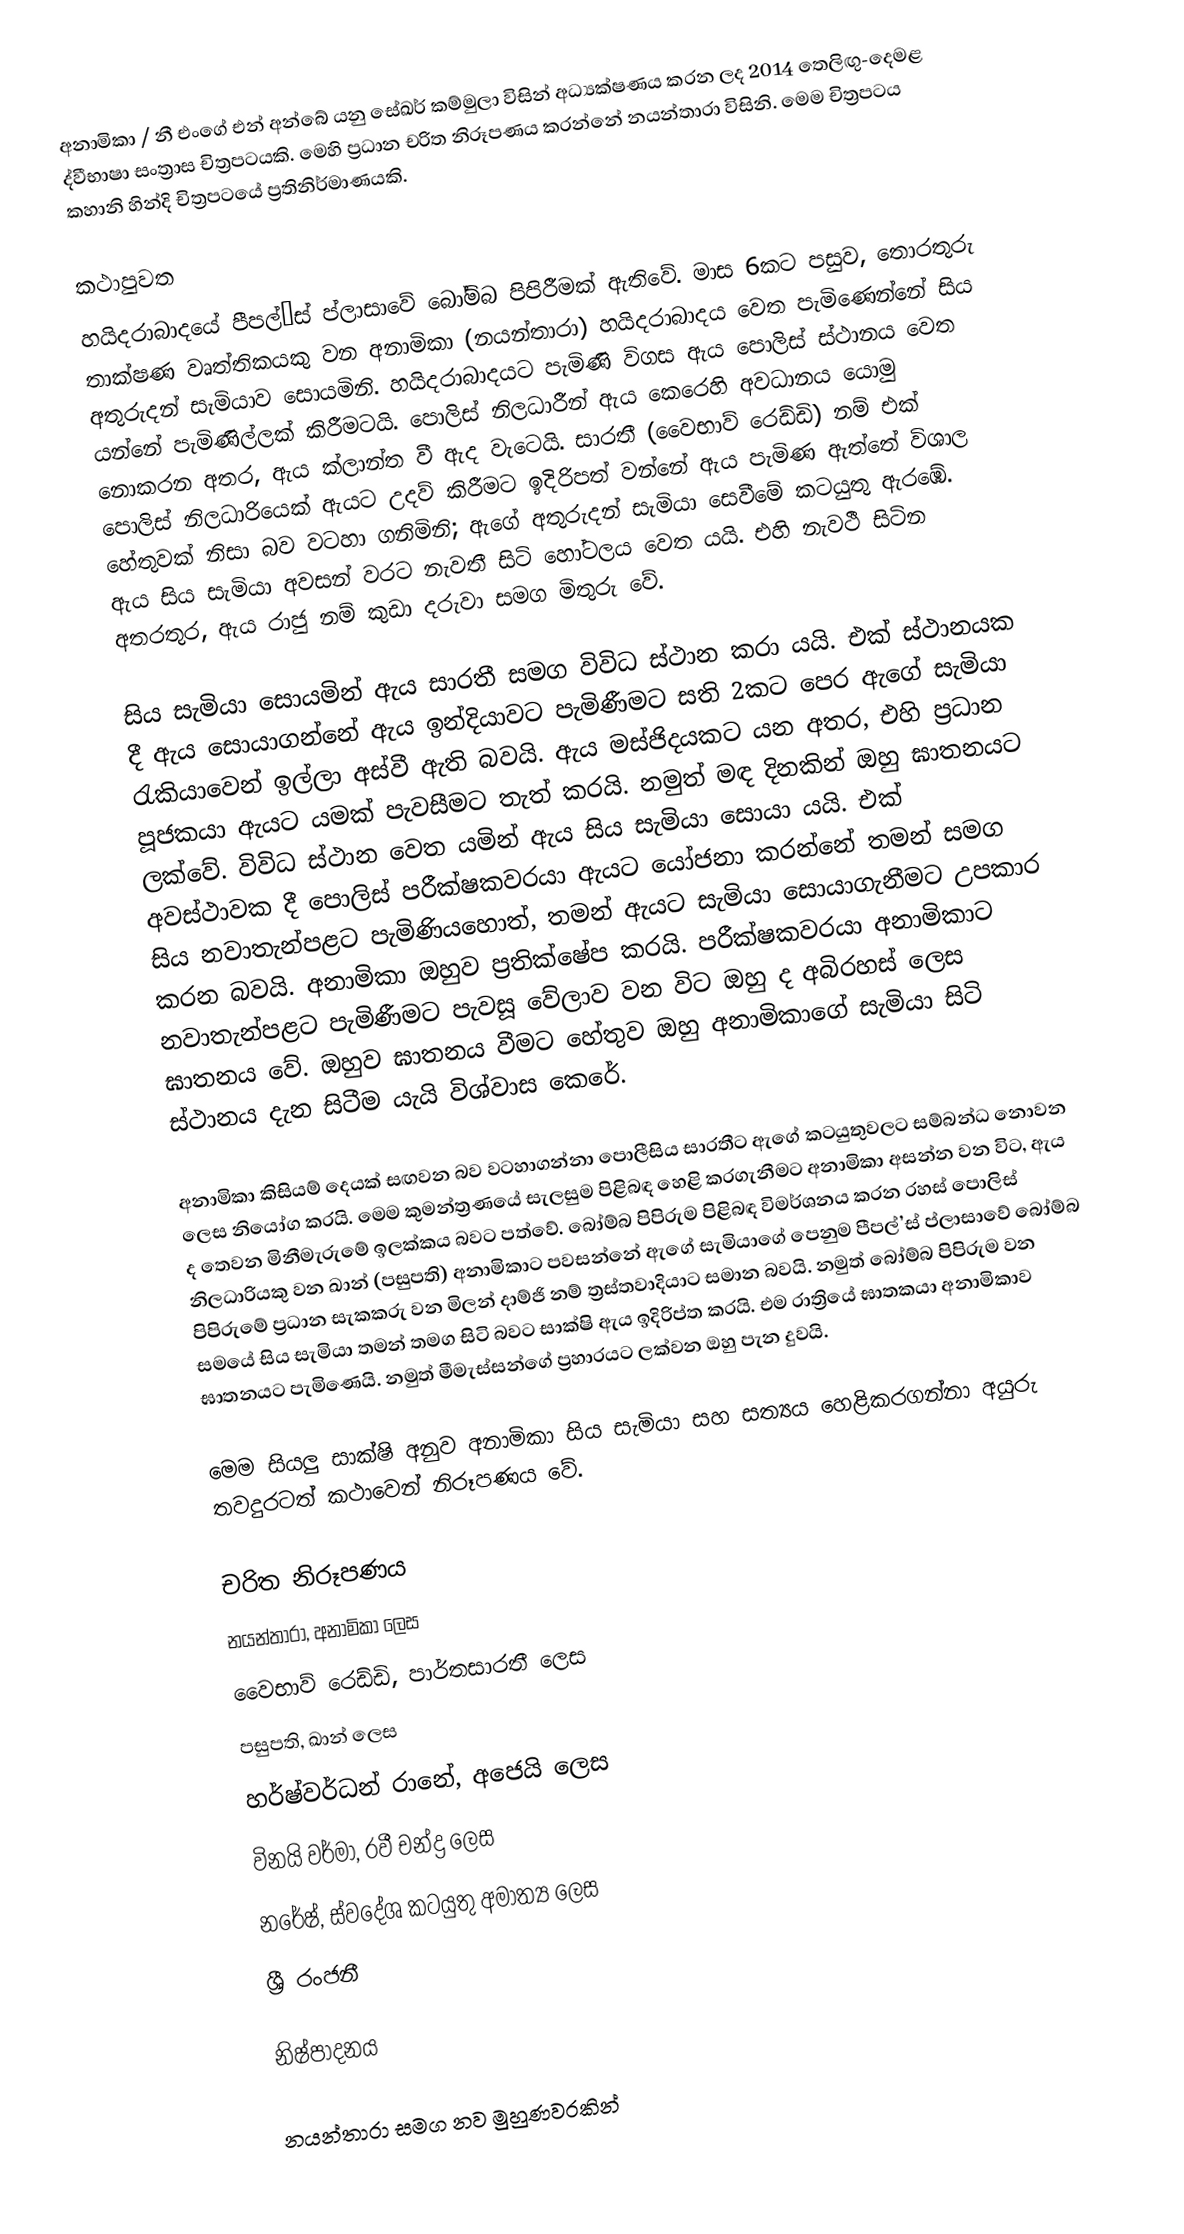
අනාමිකා / නී එංගේ එන් අන්බේ යනු සේඛර් කම්මුලා විසින් අධ්‍යක්ෂණය කරන ලද 2014 තෙලිඟු-දෙමළ ද්වීභාෂා සංත්‍රාස චිත්‍රපටයකි. මෙහි ප්‍රධාන චරිත නිරූපණය කරන්නේ නයන්තාරා විසිනි. මෙම චිත්‍රපටය කහානි හින්දි චිත්‍රපටයේ ප්‍රතිනිර්මාණයකි.

කථාපුවත
හයිදරාබාදයේ පීපල්’ස් ප්ලාසාවේ බෝම්බ පිපිරීමක් ඇතිවේ. මාස 6කට පසුව, තොරතුරු තාක්ෂණ වෘත්තිකයකු වන අනාමිකා (නයන්තාරා) හයිදරාබාදය වෙත පැමිණෙන්නේ සිය අතුරුදන් සැමියාව සොයමිනි. හයිදරාබාදයට පැමිණි විගස ඇය පොලිස් ස්ථානය වෙත යන්නේ පැමිණිල්ලක් කිරීමටයි. පොලිස් නිලධාරීන් ඇය කෙරෙහි අවධානය යොමු නොකරන අතර, ඇය ක්ලාන්ත වී ඇද වැටෙයි. සාරතී (වෛභාව් රෙඩ්ඩි) නම් එක් පොලිස් නිලධාරියෙක් ඇයට උදව් කිරීමට ඉදිරිපත් වන්නේ ඇය පැමිණ ඇත්තේ විශාල හේතුවක් නිසා බව වටහා ගනිමිනි; ඇගේ අතුරුදන් සැමියා සෙවීමේ කටයුතු ඇරඹේ. ඇය සිය සැමියා අවසන් වරට නැවතී සිටි හෝටලය වෙත යයි. එහි නැවථී සිටින අතරතුර, ඇය රාජු නම් කුඩා දරුවා සමග මිතුරු වේ.

සිය සැමියා සොයමින් ඇය සාරතී සමග විවිධ ස්ථාන කරා යයි. එක් ස්ථානයක දී ඇය සොයාගන්නේ ඇය ඉන්දියාවට පැමිණීමට සති 2කට පෙර ඇගේ සැමියා රැකියාවෙන් ඉල්ලා අස්වී ඇති බවයි. ඇය මස්ජිදයකට යන අතර, එහි ප්‍රධාන පූජකයා ඇයට යමක් පැවසීමට තැත් කරයි. නමුත් මඳ දිනකින් ඔහු ඝාතනයට ලක්වේ. විවිධ ස්ථාන වෙත යමින් ඇය සිය සැමියා සොයා යයි. එක් අවස්ථාවක දී පොලිස් පරීක්ෂකවරයා ඇයට යෝජනා කරන්නේ තමන් සමග සිය නවාතැන්පළට පැමිණියහොත්, තමන් ඇයට සැමියා සොයාගැනීමට උපකාර කරන බවයි. අනාමිකා ඔහුව ප්‍රතික්ෂේප කරයි. පරීක්ෂකවරයා අනාමිකාට නවාතැන්පළට පැමිණීමට පැවසූ වේලාව වන විට ඔහු ද අබිරහස් ලෙස ඝාතනය වේ. ඔහුව ඝාතනය වීමට හේතුව ඔහු අනාමිකාගේ සැමියා සිටි ස්ථානය දැන සිටීම යැයි විශ්වාස කෙරේ.

අනාමිකා කිසියම් දෙයක් සඟවන බව වටහාගන්නා පොලීසිය සාරතීට ඇගේ කටයුතුවලට සම්බන්ධ නොවන ලෙස නියෝග කරයි. මෙම කුමන්ත්‍රණයේ සැලසුම පිළිබඳ හෙළි කරගැනීමට අනාමිකා අසන්න වන විට, ඇය ද තෙවන මිනීමැරුමේ ඉලක්කය බවට පත්වේ. බෝම්බ පිපිරුම පිළිබඳ විමර්ශනය කරන රහස් පොලිස් නිලධාරියකු වන ඛාන් (පසුපති) අනාමිකාට පවසන්නේ ඇගේ සැමියාගේ පෙනුම පීපල්’ස් ප්ලාසාවේ බෝම්බ පිපිරුමේ ප්‍රධාන සැකකරු වන මිලන් දාම්ජි නම් ත්‍රස්තවාදියාට සමාන බවයි. නමුත් බෝම්බ පිපිරුම වන සමයේ සිය සැමියා තමන් තමග සිටි බවට සාක්ෂි ඇය ඉදිරිප්ත කරයි. එම රාත්‍රියේ ඝාතකයා අනාමිකාව ඝාතනයට පැමිණෙයි. නමුත් මීමැස්සන්ගේ ප්‍රහාරයට ලක්වන ඔහු පැන දුවයි.

මෙම සියලු සාක්ෂි අනුව අනාමිකා සිය සැමියා සහ සත්‍යය හෙළිකරගන්නා අයුරු තවදුරටත් කථාවෙන් නිරූපණය වේ.

චරිත නිරූපණය
 නයන්තාරා, අනාමිකා ලෙස
 වෛභාව් රෙඩ්ඩි, පාර්තසාරතී ලෙස
 පසුපති, ඛාන් ලෙස
 හර්ෂ්වර්ධන් රානේ, අජෙයි ලෙස
 විනයි වර්මා, රවී චන්ද්‍ර ලෙස
 නරේෂ්, ස්වදේශ කටයුතු අමාත්‍ය ලෙස
 ශ්‍රී රංජනී

නිෂ්පාදනය

නයන්තාරා සමග නව මුහුණවරකින්